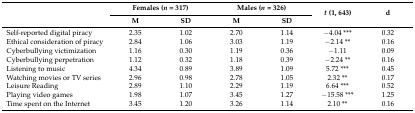
<table><thead><tr><td rowspan="2"></td><td colspan="2"><b>Females (<i>n</i> = 317)</b></td><td colspan="2"><b>Males (<i>n</i> = 326)</b></td><td rowspan="2"><b><i>t</i> (1, 643)</b></td><td rowspan="2"><b>d</b></td></tr><tr><td><b>M</b></td><td><b>SD</b></td><td><b>M</b></td><td><b>SD</b></td></tr></thead><tbody><tr><td>Self-reported digital piracy</td><td>2.35</td><td>1.02</td><td>2.70</td><td>1.14</td><td>−4.04 ***</td><td>0.32</td></tr><tr><td>Ethical consideration of piracy</td><td>2.84</td><td>1.06</td><td>3.03</td><td>1.19</td><td>−2.14 **</td><td>0.16</td></tr><tr><td>Cyberbullying victimization</td><td>1.16</td><td>0.30</td><td>1.19</td><td>0.36</td><td>−1.11</td><td>0.09</td></tr><tr><td>Cyberbullying perpetration</td><td>1.12</td><td>0.32</td><td>1.18</td><td>0.39</td><td>−2.24 **</td><td>0.16</td></tr><tr><td>Listening to music</td><td>4.34</td><td>0.89</td><td>3.89</td><td>1.09</td><td>5.72 ***</td><td>0.45</td></tr><tr><td>Watching movies or TV series</td><td>2.96</td><td>0.98</td><td>2.78</td><td>1.05</td><td>2.32 **</td><td>0.17</td></tr><tr><td>Leisure Reading</td><td>2.89</td><td>1.10</td><td>2.29</td><td>1.19</td><td>6.64 ***</td><td>0.52</td></tr><tr><td>Playing video games</td><td>1.98</td><td>1.07</td><td>3.45</td><td>1.27</td><td>−15.58 ***</td><td>1.25</td></tr><tr><td>Time spent on the Internet</td><td>3.45</td><td>1.20</td><td>3.26</td><td>1.14</td><td>2.10 **</td><td>0.16</td></tr></tbody></table>